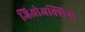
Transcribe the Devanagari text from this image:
जिओअक्सिनो